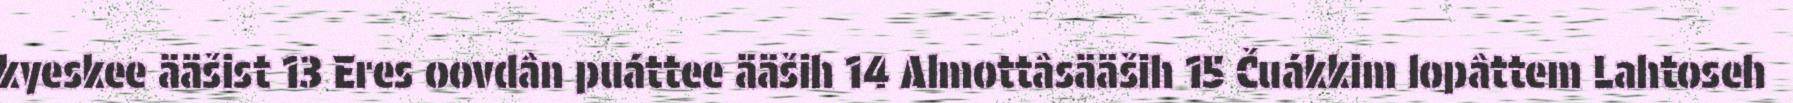
kyeskee ääšist 13 Eres oovdân puáttee ääših 14 Almottâsääših 15 Čuákkim lopâttem Lahtoseh